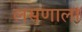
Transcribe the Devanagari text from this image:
लसणाला